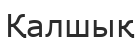
Қалшық